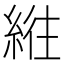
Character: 𫃮